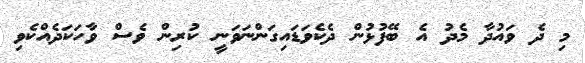
މި ދެ ވައުދާ މެދު އެ ބޭފުޅުން ދެކެވަޑައިގަންނަވަނީ ކުރިން ވެސް ވާހަކަދެއްކެވި